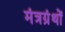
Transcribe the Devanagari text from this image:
मंत्रग्रंथों